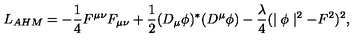
L _ { A H M } = - { \frac { 1 } { 4 } } F ^ { \mu \nu } F _ { \mu \nu } + { \frac { 1 } { 2 } } ( D _ { \mu } \phi ) ^ { * } ( D ^ { \mu } \phi ) - { \frac { \lambda } { 4 } } ( \mid \phi \mid ^ { 2 } - F ^ { 2 } ) ^ { 2 } ,